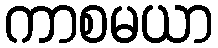
ကာစမယာ